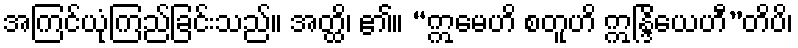
အကြင်ယုံကြည်ခြင်းသည်။ အတ္ထိ၊ ၏။ “ဣမေဟိ စတူဟိ ဣန္ဒြိယေဟီ”တိပိ၊